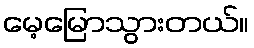
မေ့မြောသွားတယ်။